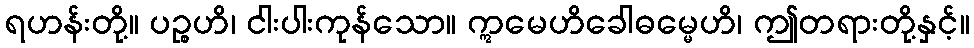
ရဟန်းတို့။ ပဉ္စဟိ၊ ငါးပါးကုန်သော။ ဣမေဟိခေါဓမ္မေဟိ၊ ဤတရားတို့နှင့်။